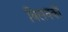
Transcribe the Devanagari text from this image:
विलयकों